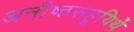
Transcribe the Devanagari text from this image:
अनीष्ठसहूयिर्थे